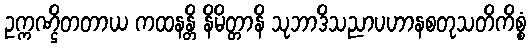
ဥက္ကဏ္ဌိတတာယ ကထနန္တိ နိမိတ္တာနိ သုဘာဒိသညာပဟာနစတုသတိကိစ္စံ